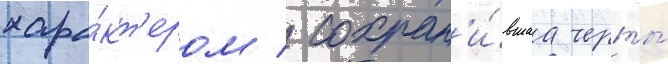
хара́кт'ером / сохран'и́вшаа черты́